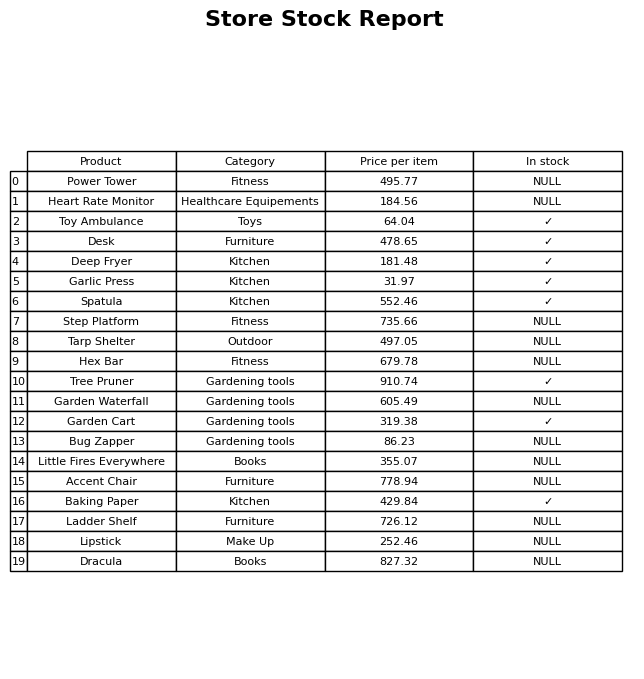
question: Is the Spatula in stock?
answer: ✓